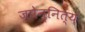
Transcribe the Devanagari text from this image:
जपेन्नित्यं